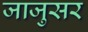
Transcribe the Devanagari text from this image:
जाजुसर